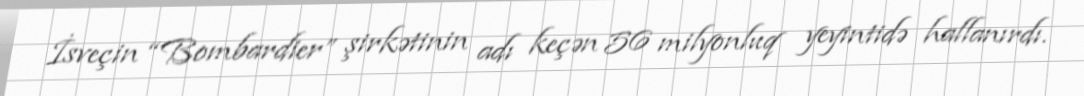
İsveçin “Bombardier” şirkətinin adı keçən 56 milyonluq yeyintidə hallanırdı.